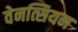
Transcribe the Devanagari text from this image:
वेनत्सियन